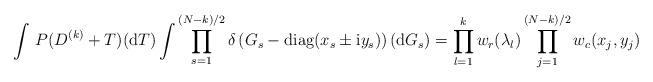
LaTeX: \begin{align*}\int\,P(D^{(k)}+T)(\mathrm{d}T)\int\prod_{s=1}^{(N-k)/2}\delta\left(G_s-\mathrm{diag}(x_s\pm\mathrm{i}y_s)\right)(\mathrm{d}G_s)=\prod_{l=1}^kw_r(\lambda_l)\prod_{j=1}^{(N-k)/2}w_c(x_j,y_j)\end{align*}